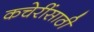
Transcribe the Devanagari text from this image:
कचेरींसाठी